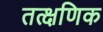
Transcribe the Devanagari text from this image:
तत्क्षणिक